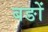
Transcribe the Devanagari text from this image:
बङों